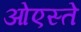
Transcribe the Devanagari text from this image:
ओएस्ते